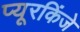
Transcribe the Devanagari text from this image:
प्यूरकिंजे